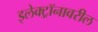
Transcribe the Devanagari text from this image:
इलेक्ट्रॉनावरील